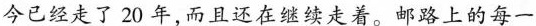
今已经走了20年，而且还在继续走着。邮路上的每一